Indian journal of veterinary science and animal husbandry - Volume 5,
Year: 1935
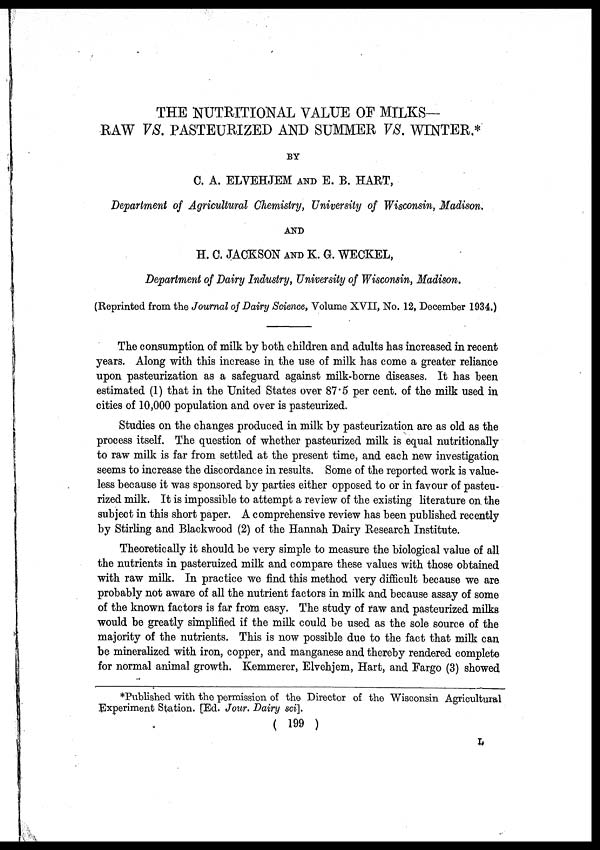
THE NUTRITIONAL VALUE OF MILKS-
RAW VS. PASTEURIZED AND SUMMER VS. WINTER.*
BY
C. A. ELVEHJEM AND E. B. HART,
Department of Agricultural Chemistry, University of Wisconsin, Madison.
AND
H. C. JACKSON AND K. G. WECKEL,
Department of Dairy Industry, University of Wisconsin, Madison.
(Reprinted from the Journal of Dairy Science, Volume XVII, No. 12, December 1934.)
The consumption of milk by both children and adults has increased in recent
years. Along with this increase in the use of milk has come a greater reliance
upon pasteurization as a safeguard against milk-borne diseases. It has been
estimated (1) that in the United States over 87.5 per cent. of the milk used in
cities of 10,000 population and over is pasteurized.
Studies on the changes produced in milk by pasteurization are as old as the
process itself. The question of whether pasteurized milk is equal nutritionally
to raw milk is far from settled at the present time, and each new investigation
seems to increase the discordance in results. Some of the reported work is value-
less because it was sponsored by parties either opposed to or in favour of pasteu-
rized milk. It is impossible to attempt a review of the existing literature on the
subject in this short paper. A comprehensive review has been published recently
by Stirling and Blackwood (2) of the Hannah Dairy Research Institute.
Theoretically it should be very simple to measure the biological value of all
the nutrients in pasteruized milk and compare these values with those obtained
with raw milk. In practice we find this method very difficult because we are
probably not aware of all the nutrient factors in milk and because assay of some
of the known factors is far from easy. The study of raw and pasteurized milks
would be greatly simplified if the milk could be used as the sole source of the
majority of the nutrients. This is now possible due to the fact that milk can
be mineralized with iron, copper, and manganese and thereby rendered complete
for normal animal growth. Kemmerer, Elvehjem, Hart, and Fargo (3) showed
*Published with the permission of the Director of the Wisconsin Agricultural
Experiment Station. [Ed. Jour. Dairy sci].
( 199 )
L